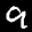
Label: 9